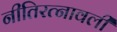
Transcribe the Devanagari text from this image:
नीतिरत्नावली